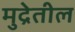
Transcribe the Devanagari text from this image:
मुद्रेतील